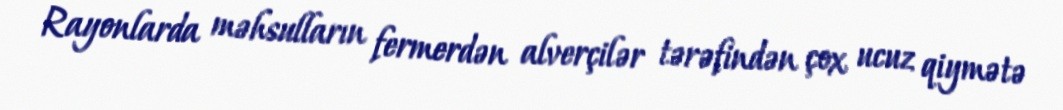
Rayonlarda məhsulların fermerdən alverçilər tərəfindən çox ucuz qiymətə